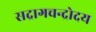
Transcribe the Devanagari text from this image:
सद्रागचन्द्रोदय